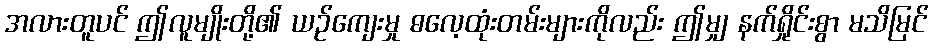
အလားတူပင် ဤလူမျိုးတို့၏ ယဉ်ကျေးမှု ဓလေ့ထုံးတမ်းများကိုလည်း ဤမျှ နက်ရှိုင်းစွာ မသိမြင်